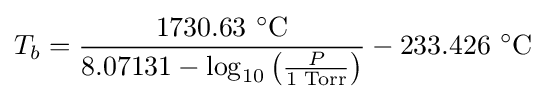
T_{b}={\frac {1730.63\ {}^{\circ }{\text{C}}}{8.07131-\log _{10}\left({\frac {P}{1{\text{ Torr}}}}\right)}}-233.426\ {}^{\circ }{\text{C}}